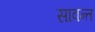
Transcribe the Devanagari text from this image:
सावन्‍त